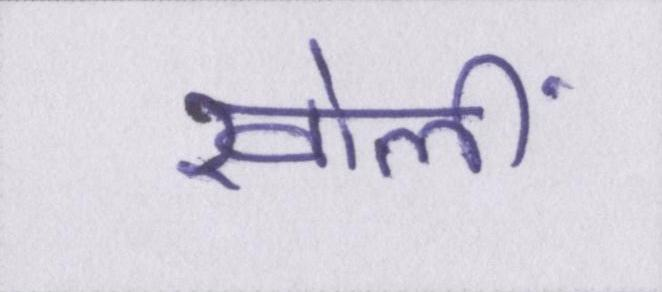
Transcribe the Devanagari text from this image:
खोलीं